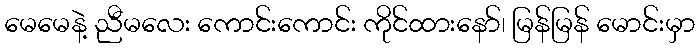
မေမေနဲ့ ညီမလေး ကောင်းကောင်း ကိုင်ထားနော်၊ မြန်မြန် မောင်းမှာ